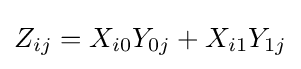
Z_{ij}=X_{i0}Y_{0j}+X_{i1}Y_{1j}